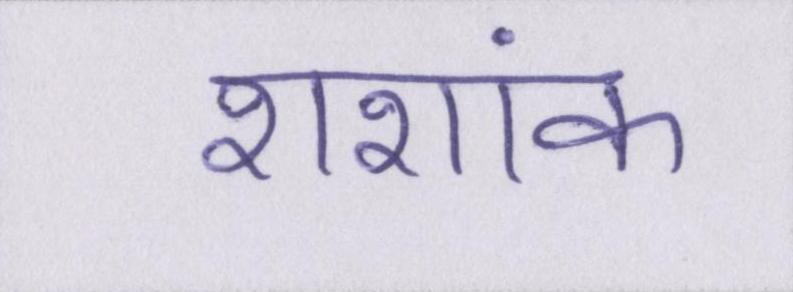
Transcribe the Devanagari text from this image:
शशांक